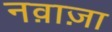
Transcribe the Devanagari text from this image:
नव़ाज़ा